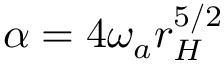
\alpha = 4 \omega _ { a } r _ { H } ^ { 5 / 2 }